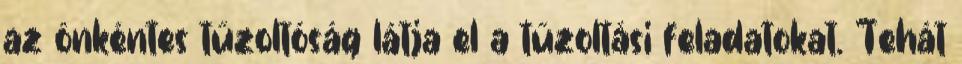
az önkéntes tűzoltóság látja el a tűzoltási feladatokat. Tehát